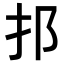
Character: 𨙰